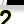
Digit: 2